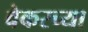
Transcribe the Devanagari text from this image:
बेकरच्या